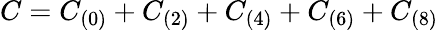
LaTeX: C=C_{(0)}+C_{(2)}+C_{(4)}+C_{(6)}+C_{(8)}